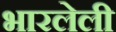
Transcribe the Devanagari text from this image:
भारलेली